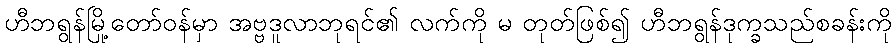
ဟီဘရွန်မြို့တော်ဝန်မှာ အဗ္ဗဒူလာဘုရင်၏ လက်ကို မ တုတ်ဖြစ်၍ ဟီဘရွန်ဒုက္ခသည်စခန်းကို